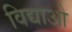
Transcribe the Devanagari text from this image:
विद्याओ